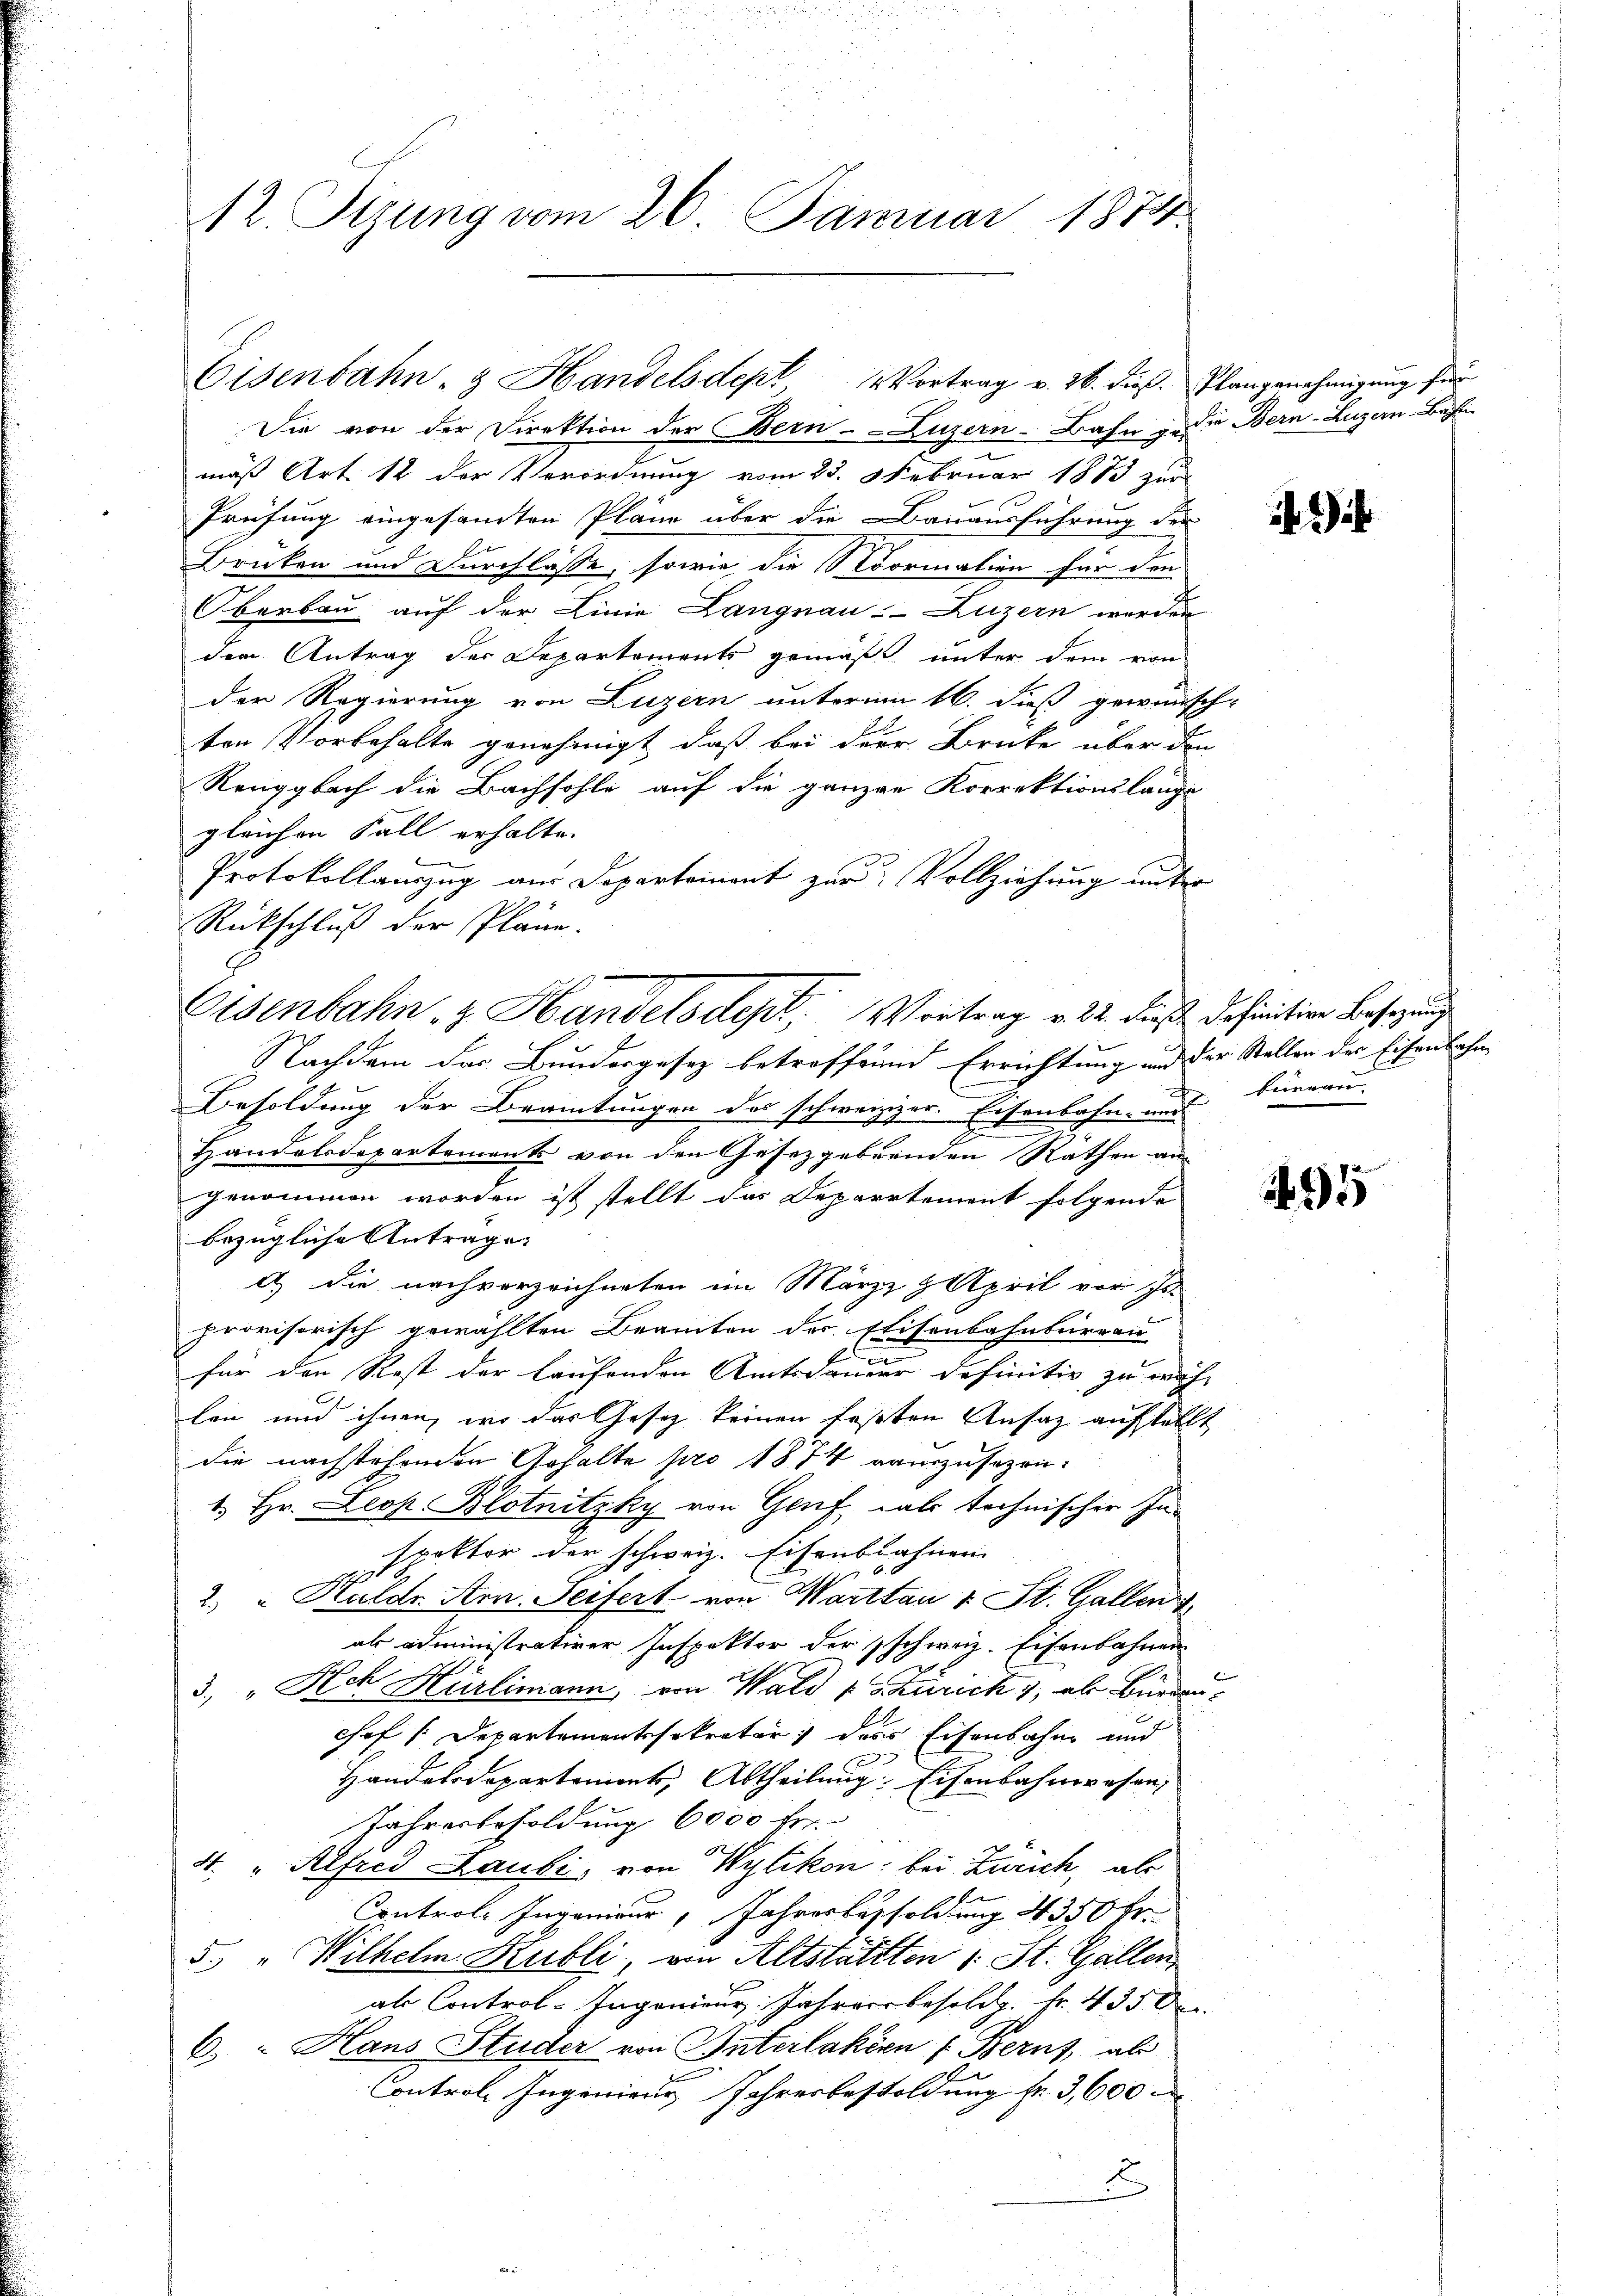
12. Tizung vom 26. Januar 1874.

Die von der Direktion der Bern--Luzern-Bahn u. die Bern-Luzern-Bahn
mäß Art. 12 der Verordnung vom 23. Februar 1883 zur
Prüfung eingesamten Pläne über die Bauausführung der
Brüken und Durchlasse, sowie die Normalien für den
Oberbau auf der Linie Langnau-Luzern werden
dem Antrag der Departements gemäß unter dem von
der Regierung von Luzern unterm 16. dieß gewünsch-
ten Vorbehalte genehmigt, daß bei der Brücke über den
Renggbach die Bachsohle auf die ganzen Korrektionslange
gleichen Fall erhalte.
k
Protokollanzug aus Departement zur Vollziehung unter
Rückschluß der Pläne.
Nachdem das Bundergesez betroffend Errichtung und der Stallen des Eisenbahne
Besoldung der Beamtungen des schweizzer. Eisenbahn- und
Handelsdepartements von den Gesetzgebenden Rathen an-
genommen worden ist stellt das Deparrtement folgende
bezügliche Antrage
d.) Die nachverzeichneten im März & April vor Is
provisorisch gewählten Beamten der Elisenbahnbureau
für den Rest der laufenden Amtsdauer definitiv zu wäh-
len und ihnen, wo das Gesetz keinen testen Ansatz aufstellt
die nachstehenden Gehalte pro 1874 auszusagen.
1. Hr. Leop. Blotnitzky von Genf als technischer Inspektor der schweiz. Eisenbahnen
2. " Huldr Arn. Seifert von Warttau v. St. Gallen
als administrativer Inspektor der schweiz. Eisenbahnen
3, „Ach Hürlimann, von Wald u Zürich , als Bürdau¬
Chef [Departementssekreter des Eisenbahn und
Handelsdepartement, Abtheilung. Eisenbahnwesen,
Jahresbesoldung 6000 fr
4. " Alfred Laubi, von Wytikon: bei Zürich, als
Controle Ingenieur, Jahresbesoldung 4 350 Fr.
5. "Wilhelm Kubli, von Altstättten : St. Gallen
als Control-Ingenieur Jahrer besold. Fr. 435 de
6. Hans Studer von Interlaken f. Berns, als
Controle Ingenieur Jahresbesoldung fr. 3,600
2

Eisenbahn- & Handelsdept, Vortrag v. 26. dieß. Plangenehmigung für

Eisenbahn z. Handels dest. Vortrag v. 22. dieß definition Besetzung

)

bureau

25